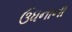
ઉધનાના